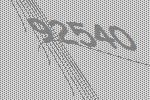
92540